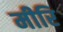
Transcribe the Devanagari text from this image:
मीरि